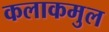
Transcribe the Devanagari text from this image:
कलाकमुल